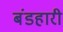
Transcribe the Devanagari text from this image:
बंडहारी